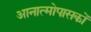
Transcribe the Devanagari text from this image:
आनात्मोपासकों